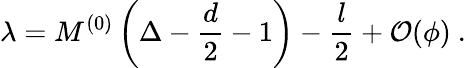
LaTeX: \lambda=M^{(0)}\left(\Delta-\frac{d}2-1\right)-\frac{l}2+\mathcal{O}(\phi)~.